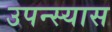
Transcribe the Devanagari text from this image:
उपन्स्यास